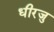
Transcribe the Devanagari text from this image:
धीरजु